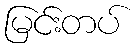
မြင်းတပ်